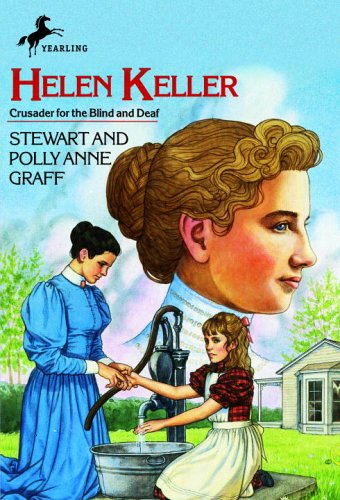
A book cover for Helen Keller (Young Yearling Book); Stewart Graff; Children's Books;